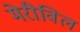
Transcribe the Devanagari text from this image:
मेरीविल